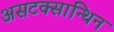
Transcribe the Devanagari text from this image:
असटक्सान्थिन